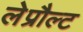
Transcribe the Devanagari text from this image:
लेप्रौल्ट